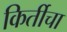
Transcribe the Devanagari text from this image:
किर्तीचा